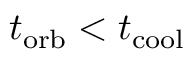
t _ { \mathrm { o r b } } < t _ { \mathrm { c o o l } }